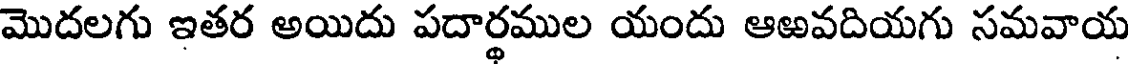
మొదలగు ఇతర అయిదు పదార్థముల యందు ఆఱవదియగు సమవాయ